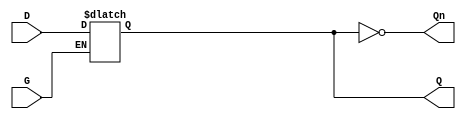
module Gated_D_Latch (
    input wire D,    // Data Input
    input wire G,    // Gate/Enable Input
    output reg Q,    // Output
    output wire Qn   // Complement of Q
);

// Complement of Q
assign Qn = ~Q;

// Always block to implement the behavior of the Gated D Latch
always @(*) begin
    if (G) begin
        Q = D; // When G is high, Q follows D
    end
    // When G is low, Q retains its previous value (holds state)
end

endmodule